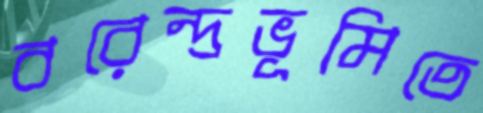
বরেন্দ্রভূমিতে